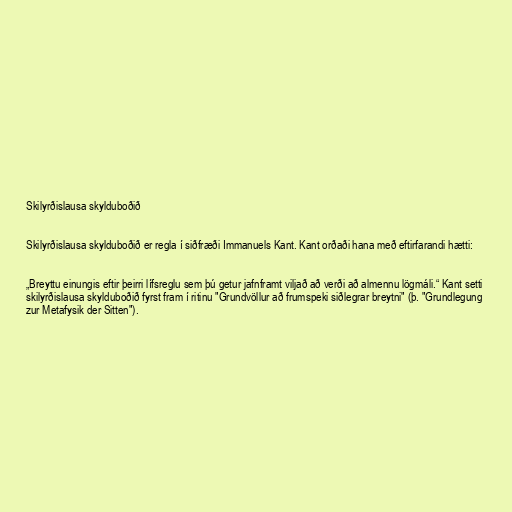
Skilyrðislausa skylduboðið

Skilyrðislausa skylduboðið er regla í siðfræði Immanuels Kant. Kant orðaði hana með eftirfarandi hætti:

„Breyttu einungis eftir þeirri lífsreglu sem þú getur jafnframt viljað að verði að almennu lögmáli.“ Kant setti
skilyrðislausa skylduboðið fyrst fram í ritinu "Grundvöllur að frumspeki siðlegrar breytni" (þ. "Grundlegung
zur Metafysik der Sitten").